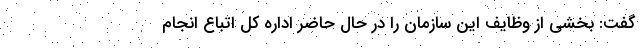
گفت: بخشی از وظایف این سازمان را در حال حاضر اداره کل اتباع انجام